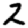
Digit: 2